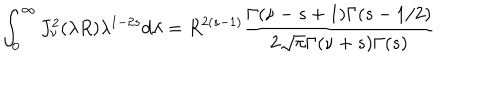
LaTeX: \int _ { 0 } ^ { \infty } J _ { \nu } ^ { 2 } ( \lambda R ) \lambda ^ { 1 - 2 s } d \lambda = R ^ { 2 ( s - 1 ) } \frac { \Gamma ( \nu - s + 1 ) \Gamma ( s - 1 / 2 ) } { 2 \sqrt { \pi } \Gamma ( \nu + s ) \Gamma ( s ) }